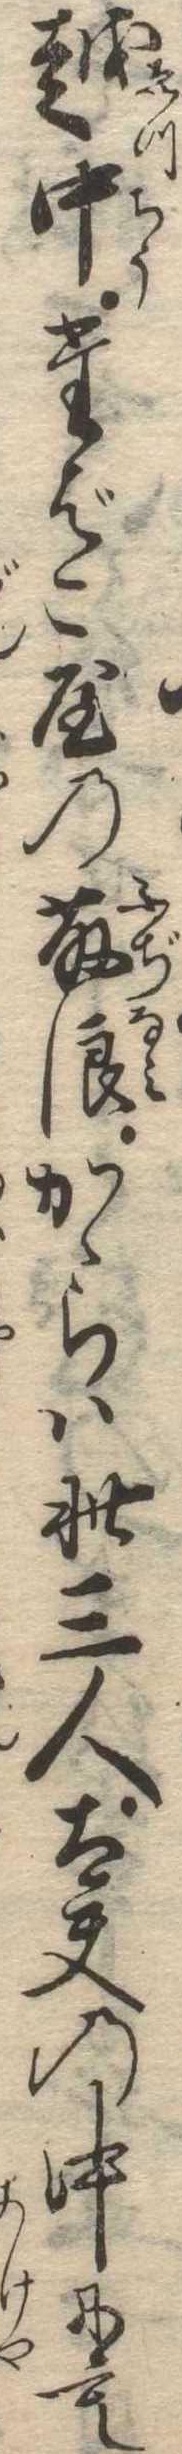
越中たばこ屋の藤浪かゝらは此三人太夫の中にも